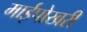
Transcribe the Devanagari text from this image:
माईपोखरी